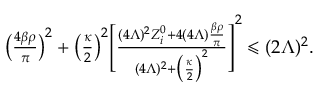
\begin{array} { r } { \big ( \frac { 4 \beta \rho } { \pi } \big ) ^ { 2 } + \big ( \frac { \kappa } { 2 } \big ) ^ { 2 } \Bigg [ \frac { ( 4 \Lambda ) ^ { 2 } Z _ { i } ^ { 0 } + 4 ( 4 \Lambda ) \frac { \beta \rho } { \pi } } { ( 4 \Lambda ) ^ { 2 } + \big ( \frac { \kappa } { 2 } \big ) ^ { 2 } } \Bigg ] ^ { 2 } \leqslant ( 2 \Lambda ) ^ { 2 } . \ \ } \end{array}